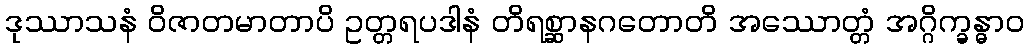
ဒုဿာသနံ ဝိဇာတမာတာပိ ဥတ္တရပဒါနံ တိရစ္ဆာနဂတောတိ အဿောတ္တံ အဂ္ဂိက္ခန္ဓာဝ